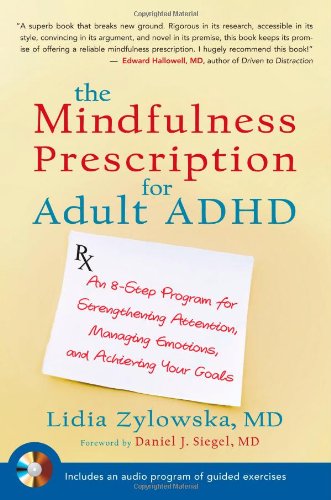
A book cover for The Mindfulness Prescription for Adult ADHD: An 8-Step Program for Strengthening Attention, Managing Emotions, and Achieving Your Goals; Lidia Zylowska; Health, Fitness & Dieting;